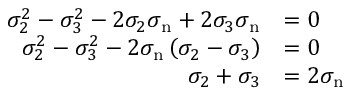
{ \begin{array} { r l } { \sigma _ { 2 } ^ { 2 } - \sigma _ { 3 } ^ { 2 } - 2 \sigma _ { 2 } \sigma _ { \mathrm { n } } + 2 \sigma _ { 3 } \sigma _ { \mathrm { n } } } & { = 0 } \\ { \sigma _ { 2 } ^ { 2 } - \sigma _ { 3 } ^ { 2 } - 2 \sigma _ { \mathrm { n } } \left( \sigma _ { 2 } - \sigma _ { 3 } \right) } & { = 0 } \\ { \sigma _ { 2 } + \sigma _ { 3 } } & { = 2 \sigma _ { \mathrm { n } } } \end{array} }